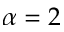
\alpha = 2